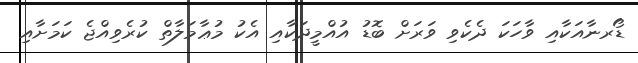
ޑޯރނާއަކާއި ވާހަކަ ދެކެވި ވަރަށް ބޮޑު އުއްމީދަކާއި އެކު މުޢާމަލާތް ކުރެވިއްޖެ ކަމަށާއި